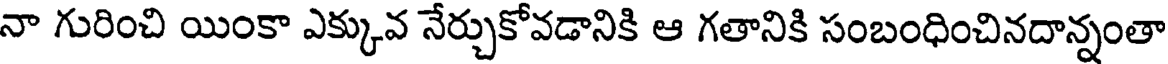
నా గురించి యింకా ఎక్కువ నేర్చుకోవడానికి ఆ గతానికి సంబంధించినదాన్నంతా